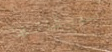
صديقاتها